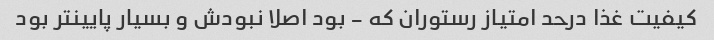
کیفیت غذا درحد امتیاز رستوران که - بود اصلا نبودش و بسیار پایینتر بود